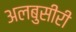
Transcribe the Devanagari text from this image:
अलबुसीरी